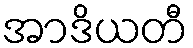
အာဒိယတီ